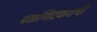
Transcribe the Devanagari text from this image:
पळणिटकरांची